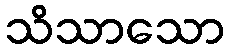
သိသာသော